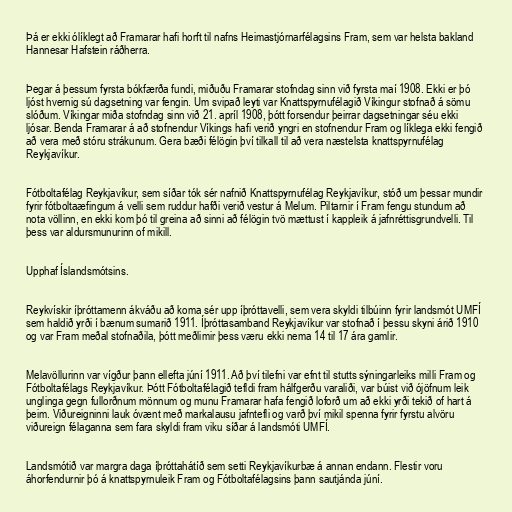
Þá er ekki ólíklegt að Framarar hafi horft til nafns Heimastjórnarfélagsins Fram, sem var helsta bakland
Hannesar Hafstein ráðherra.

Þegar á þessum fyrsta bókfærða fundi, miðuðu Framarar stofndag sinn við fyrsta maí 1908. Ekki er þó
ljóst hvernig sú dagsetning var fengin. Um svipað leyti var Knattspyrnufélagið Víkingur stofnað á sömu
slóðum. Víkingar miða stofndag sinn við 21. apríl 1908, þótt forsendur þeirrar dagsetningar séu ekki
ljósar. Benda Framarar á að stofnendur Víkings hafi verið yngri en stofnendur Fram og líklega ekki fengið
að vera með stóru strákunum. Gera bæði félögin því tilkall til að vera næstelsta knattspyrnufélag
Reykjavíkur.

Fótboltafélag Reykjavíkur, sem síðar tók sér nafnið Knattspyrnufélag Reykjavíkur, stóð um þessar mundir
fyrir fótboltaæfingum á velli sem ruddur hafði verið vestur á Melum. Piltarnir í Fram fengu stundum að
nota völlinn, en ekki kom þó til greina að sinni að félögin tvö mættust í kappleik á jafnréttisgrundvelli. Til
þess var aldursmunurinn of mikill.

Upphaf Íslandsmótsins.

Reykvískir íþróttamenn ákváðu að koma sér upp íþróttavelli, sem vera skyldi tilbúinn fyrir landsmót UMFÍ
sem haldið yrði í bænum sumarið 1911. Íþróttasamband Reykjavíkur var stofnað í þessu skyni árið 1910
og var Fram meðal stofnaðila, þótt meðlimir þess væru ekki nema 14 til 17 ára gamlir.

Melavöllurinn var vígður þann ellefta júní 1911. Að því tilefni var efnt til stutts sýningarleiks milli Fram og
Fótboltafélags Reykjavíkur. Þótt Fótboltafélagið tefldi fram hálfgerðu varaliði, var búist við ójöfnum leik
unglinga gegn fullorðnum mönnum og munu Framarar hafa fengið loforð um að ekki yrði tekið of hart á
þeim. Viðureigninni lauk óvænt með markalausu jafntefli og varð því mikil spenna fyrir fyrstu alvöru
viðureign félaganna sem fara skyldi fram viku síðar á landsmóti UMFÍ.

Landsmótið var margra daga íþróttahátíð sem setti Reykjavíkurbæ á annan endann. Flestir voru
áhorfendurnir þó á knattspyrnuleik Fram og Fótboltafélagsins þann sautjánda júní.